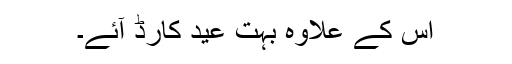
اس کے علاوہ بہت عید کارڈ آئے۔